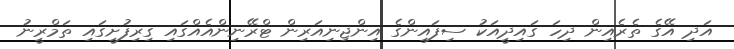
އަދި އޭގެ ތެރެއިން ދިހަ ގައިދީއަކު ސިފައިންގެ އިންޖިނިއަރިން ޓްރޭނިންއެއްގައި ގިރިފުށީގައި ތަމްރީނު